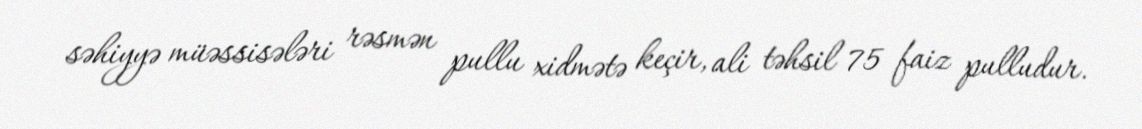
səhiyyə müəssisələri rəsmən pullu xidmətə keçir, ali təhsil 75 faiz pulludur.